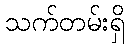
သက်တမ်းရှိ